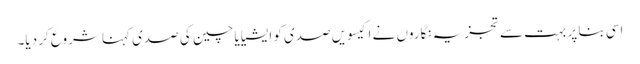
اسی بنا پر بہت سے تجزیہ نگاروں نے اکیسویں صدی کو ایشیا یا چین کی صدی کہنا شروع کر دیا۔